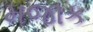
મજાક